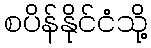
စပိန်နိုင်ငံသို့